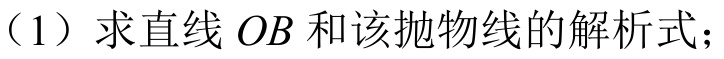
（1）求直线\(OB\)和该抛物线的解析式；